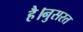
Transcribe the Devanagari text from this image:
है।नुसरत